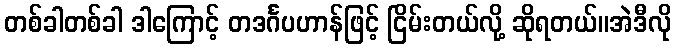
တစ်ခါတစ်ခါ ဒါကြောင့် တဒင်္ဂပဟာန်ဖြင့် ငြိမ်းတယ်လို့ ဆိုရတယ်။အဲဒီလို